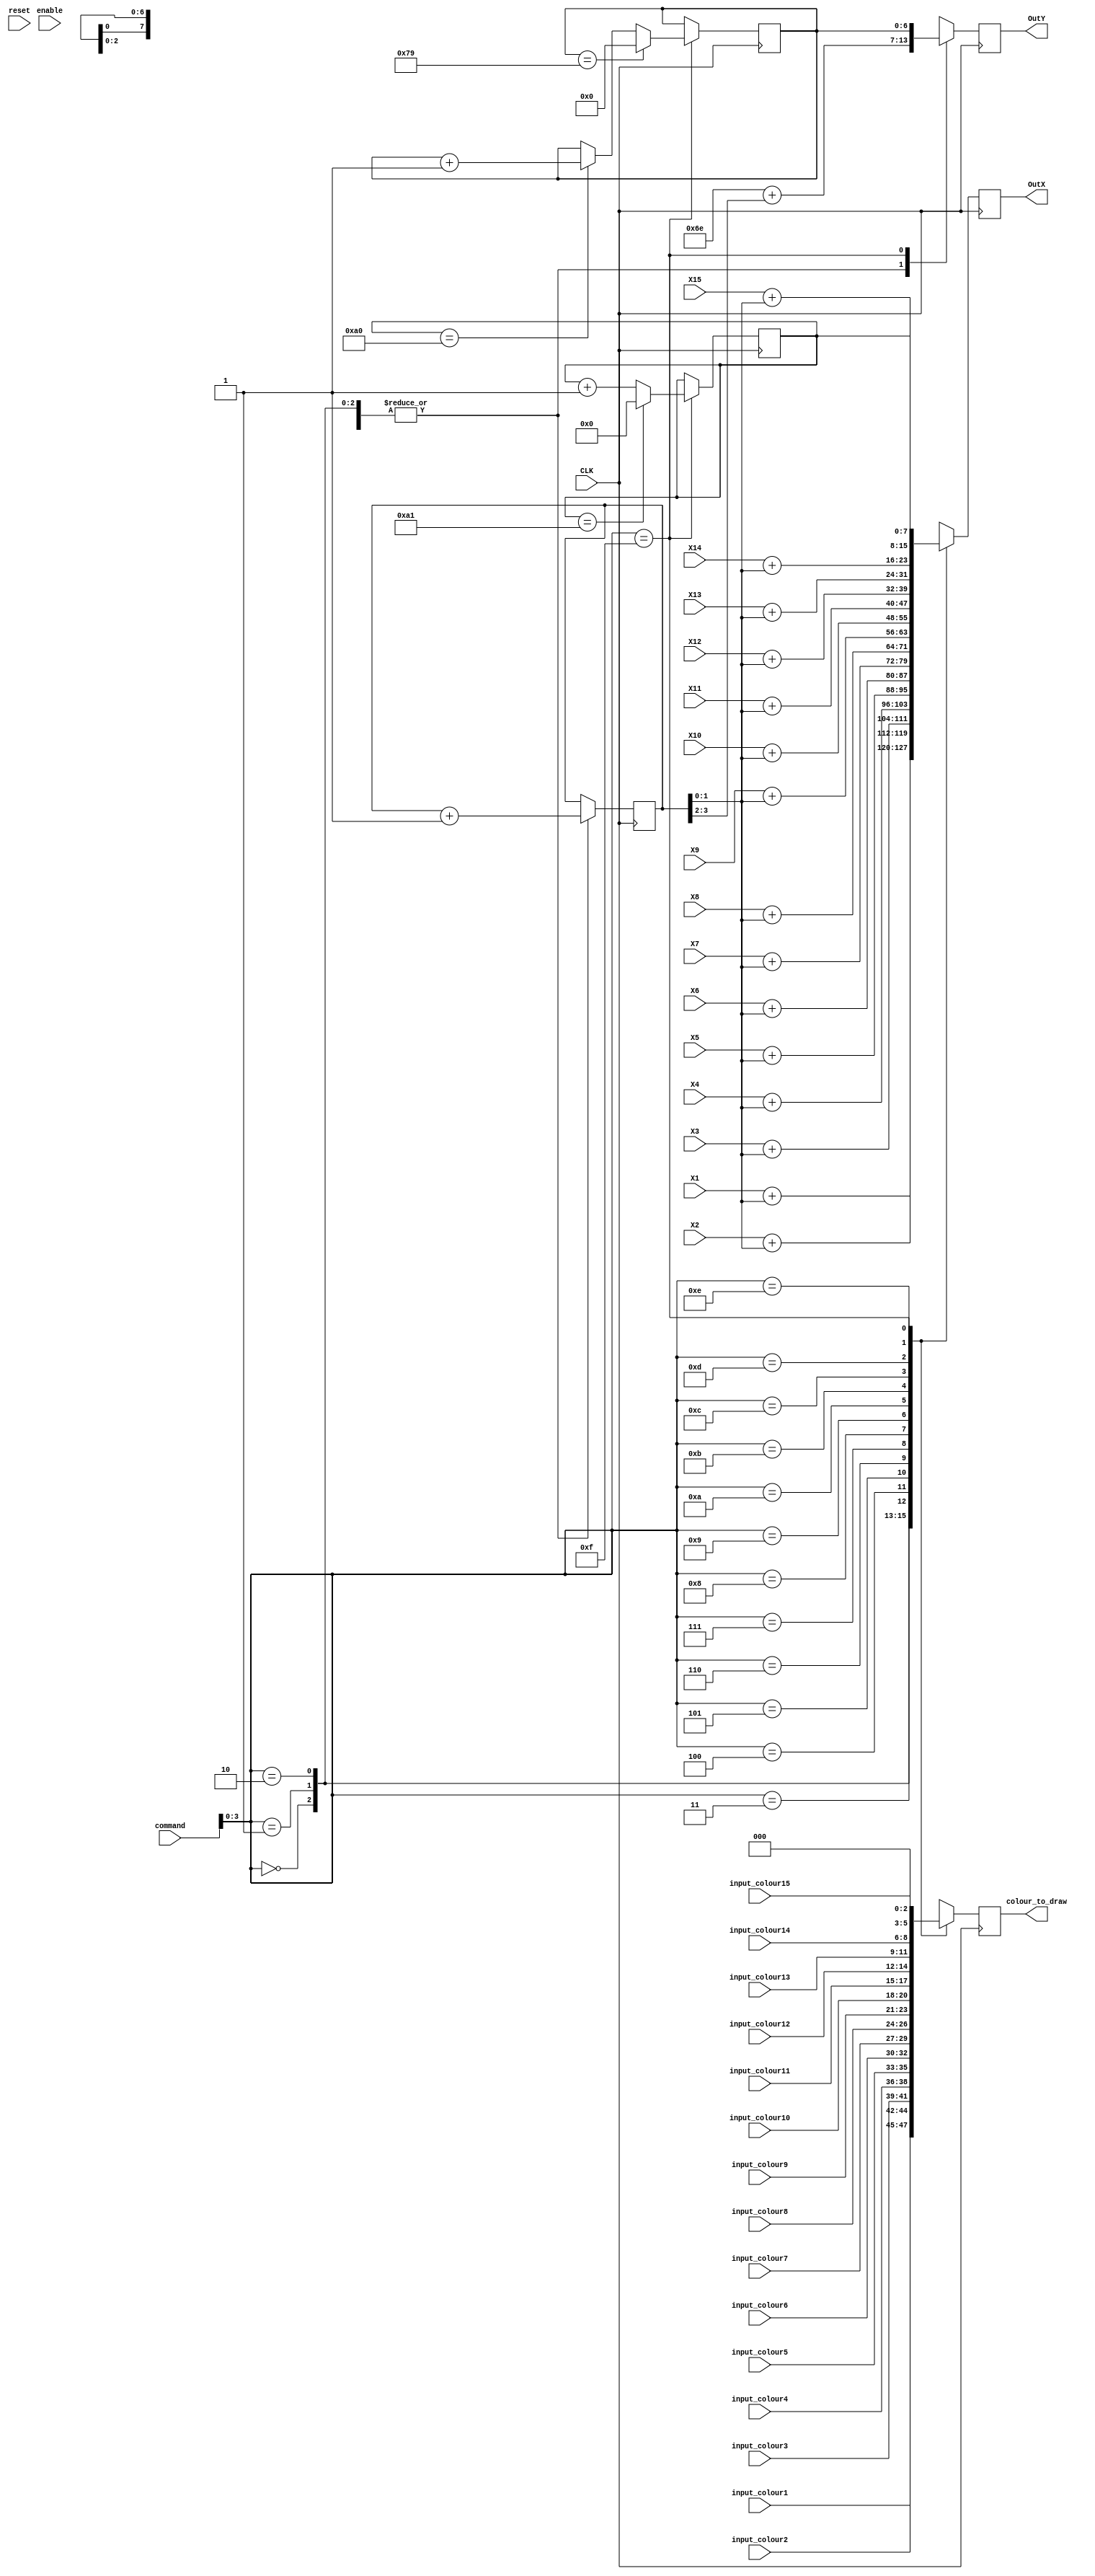

module Processor(X1,X2,X3,X4,X5,X6,X7,X8,X9,X10,X11,X12,X13,X14,X15,

             CLK,command,OutX,OutY,
				 
				 input_colour1, input_colour2, input_colour3, input_colour4, input_colour5, input_colour6, input_colour7, input_colour8,
				 input_colour9, input_colour10, input_colour11, input_colour12, input_colour13, input_colour14, input_colour15,
				 
				 colour_to_draw,reset,enable);


	input [7:0]X1,X2,X3,X4,X5,X6,X7,X8;
	input [7:0]X9,X10,X11,X12,X13,X14,X15;

	input CLK,reset,enable;

	input [2:0]input_colour1, input_colour2, input_colour3, input_colour4, input_colour5, input_colour6, input_colour7, input_colour8;
	input [2:0]input_colour9, input_colour10, input_colour11, input_colour12, input_colour13, input_colour14, input_colour15;

	input [4:0]command;


	output reg [7:0]OutX;
	output reg [6:0]OutY;

	output reg [2:0]colour_to_draw;


	reg [3:0]counter;
	reg ifclear;
	reg [7:0]tempX;
	reg [6:0]tempY;


	always@(posedge CLK) //50MHZ//


	begin
	case(command[3:0])  

		4'b0000:
			begin
				colour_to_draw<=input_colour1;     
				OutX<=X1+counter[1:0];
				OutY<=7'b1101110+counter[3:2];
				counter<=counter+1;          
			end


		4'b0001:
			begin
				colour_to_draw<=input_colour2;     
				OutX<=X2+counter[1:0];
				OutY<=7'b1101110+counter[3:2];
				counter<=counter+1;          
			end

		4'b0010:
			begin
				colour_to_draw<=input_colour3;     
				OutX<=X3+counter[1:0];
				OutY<=7'b1101110+counter[3:2];
				counter<=counter+1;          
			end

		4'b0011:
			begin
				colour_to_draw<=input_colour4;     
				OutX<=X4+counter[1:0];
				OutY<=7'b1101110+counter[3:2];
				counter<=counter+1;          
			end

		4'b0100:
			begin
				colour_to_draw<=input_colour5;     
				OutX<=X5+counter[1:0];
				OutY<=7'b1101110+counter[3:2];
				counter<=counter+1;          
			end

		4'b0101:
			begin
				colour_to_draw<=input_colour6;     
				OutX<=X6+counter[1:0];
				OutY<=7'b1101110+counter[3:2];
				counter<=counter+1;          
			end

		4'b0110:
			begin
				colour_to_draw<=input_colour7;     
				OutX<=X7+counter[1:0];
				OutY<=7'b1101110+counter[3:2];
				counter<=counter+1;          
			end

		4'b0111:
			begin
				colour_to_draw<=input_colour8;     
				OutX<=X8+counter[1:0];
				OutY<=7'b1101110+counter[3:2];
				counter<=counter+1;          
			end

		4'b1000:
			begin
				colour_to_draw<=input_colour9;     
				OutX<=X9+counter[1:0];
				OutY<=7'b1101110+counter[3:2];
				counter<=counter+1;          
			end

		4'b1001:
			begin
				colour_to_draw<=input_colour10;     
				OutX<=X10+counter[1:0];
				OutY<=7'b1101110+counter[3:2];
				counter<=counter+1;          
			end

		4'b1010:
			begin
				colour_to_draw<=input_colour11;     
				OutX<=X11+counter[1:0];
				OutY<=7'b1101110+counter[3:2];
				counter<=counter+1;          
			end


		4'b1011:
			begin
				colour_to_draw<=input_colour12;     
				OutX<=X12+counter[1:0];
				OutY<=7'b1101110+counter[3:2];
				counter<=counter+1;          
			end

		4'b1100:
			begin
				colour_to_draw<=input_colour13;     
				OutX<=X13+counter[1:0];
				OutY<=7'b1101110+counter[3:2];
				counter<=counter+1;          
			end

		4'b1101:
			begin
				colour_to_draw<=input_colour14;     
				OutX<=X14+counter[1:0];
				OutY<=7'b1101110+counter[3:2];
				counter<=counter+1;          
			end

		4'b1110:
			begin
				colour_to_draw<=input_colour15;     
				OutX<=X15+counter[1:0];
				OutY<=7'b1101110+counter[3:2];
				counter<=counter+1;          
			end

		4'b1111:
			begin
				colour_to_draw<=3'b000;
				OutX<=tempX;
				OutY<=tempY;
				if(tempX == 8'b10100001)
					tempX <= 0;
				else
					tempX <= tempX + 1;

				if(tempY == 7'b1111001)
					tempY <= 0;
				else
					if (tempX == 8'b10100000)
						tempY <= tempY + 1;
				
			end
	endcase 
	end


endmodule